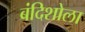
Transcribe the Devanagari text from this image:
बंदिशोला